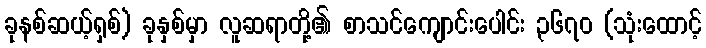
ခုနစ်ဆယ့်ရှစ်) ခုနှစ်မှာ လူဆရာတို့၏ စာသင်ကျောင်းပေါင်း ၃၆၇၀ (သုံးထောင့်